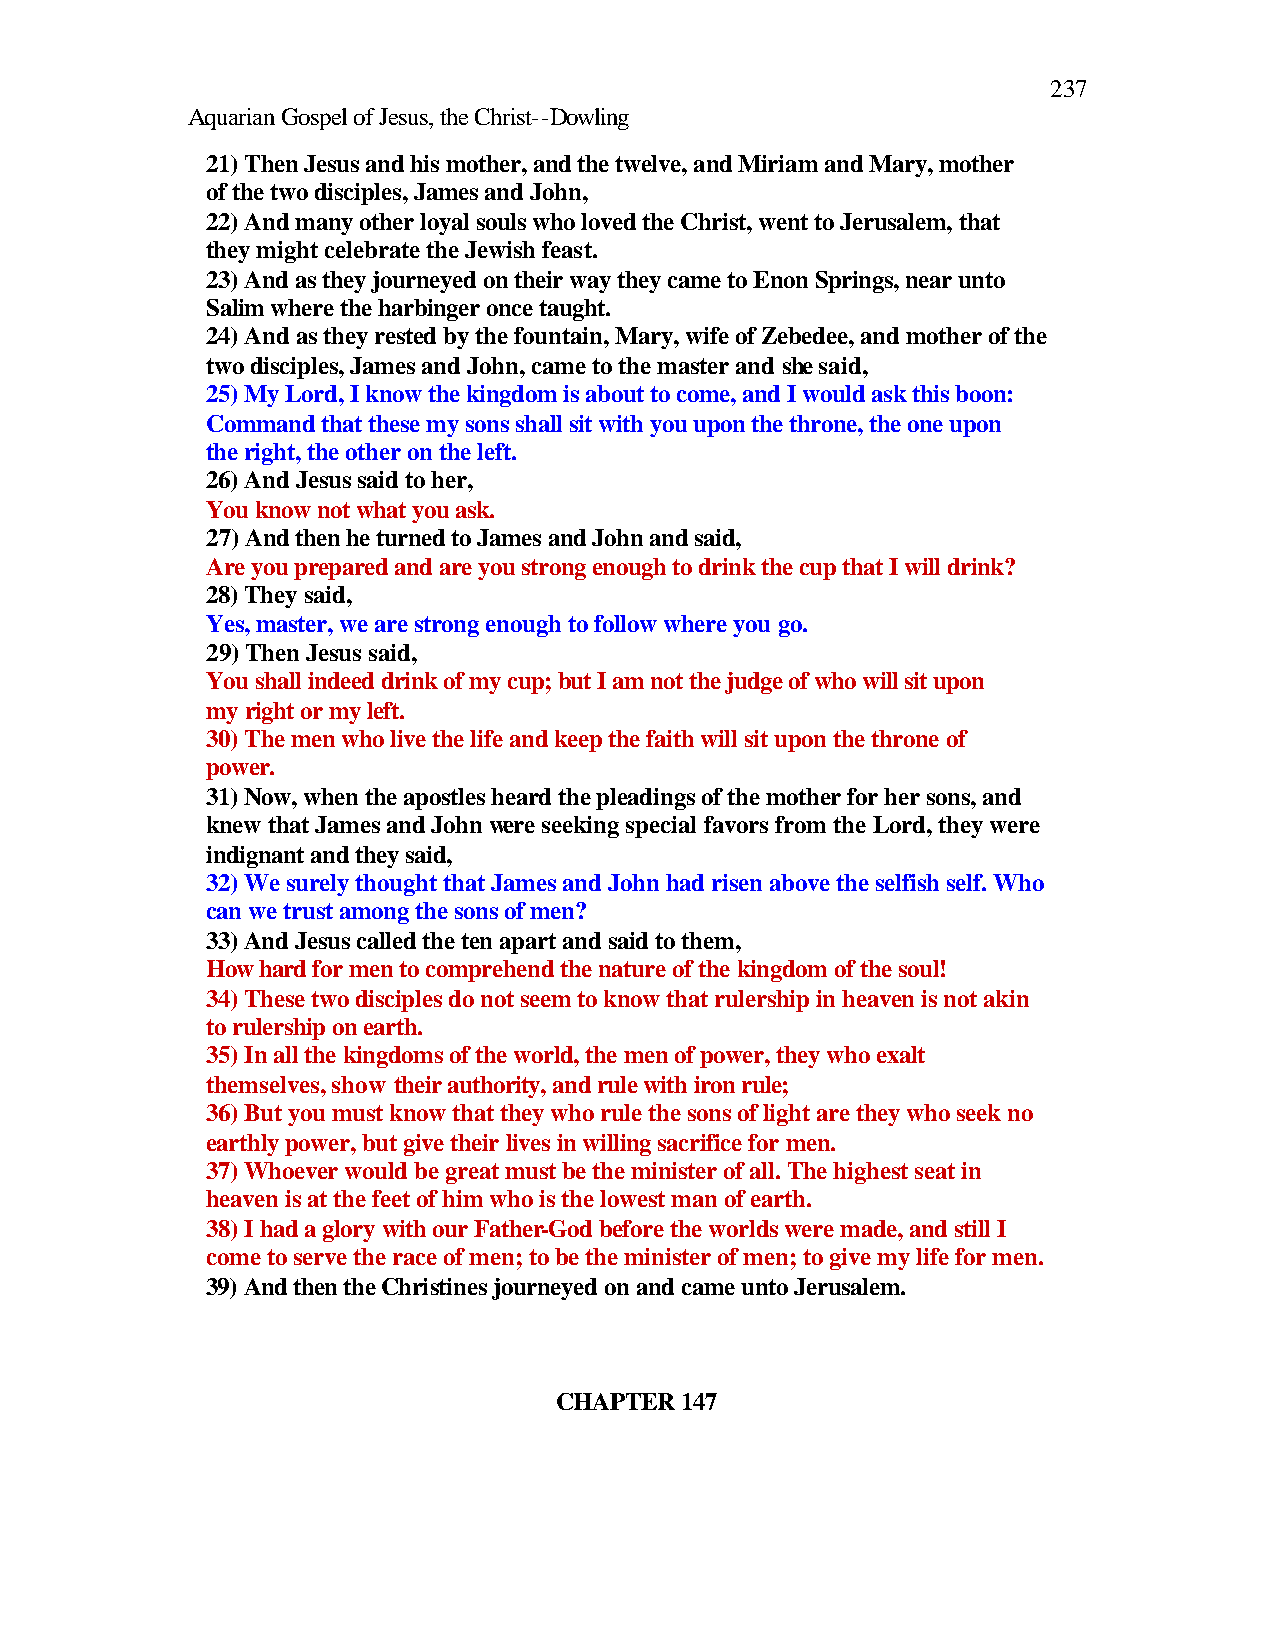
237
 Aquarian Gospel of Jesus, the Christ--Dowling
 21) Then Jesus and his mother, and the twelve, and Miriam and Mary, mother
 of the two disciples, James and John,
 22) And many other loyal souls who loved the Christ, went to Jerusalem, that
 they might celebrate the Jewish feast.
 23) And as they journeyed on their way they came to Enon Springs, near unto
 Salim where the harbinger once taught.
 24) And as they rested by the fountain, Mary, wife of Zebedee, and mother of the
 two disciples, James and John, came to the master and she said,
 25) My Lord, I know the kingdom is about to come, and I would ask this boon:
 Command that these my sons shall sit with you upon the throne, the one upon
 the right, the other on the left.
 26) And Jesus said to her,
 You know not what you ask.
 27) And then he turned to James and John and said,
 Are you prepared and are you strong enough to drink the cup that I will drink?
 28) They said,
 Yes, master, we are strong enough to follow where you go.
 29) Then Jesus said,
 You shall indeed drink of my cup; but I am not the judge of who will sit upon
 my right or my left.
 30) The men who live the life and keep the faith will sit upon the throne of
 power.
 31) Now, when the apostles heard the pleadings of the mother for her sons, and
 knew that James and John were seeking special favors from the Lord, they were
 indignant and they said,
 32) We surely thought that James and John had risen above the selfish self. Who
 can we trust among the sons of men?
 33) And Jesus called the ten apart and said to them,
 How hard for men to comprehend the nature of the kingdom of the soul!
 34) These two disciples do not seem to know that rulership in heaven is not akin
 to rulership on earth.
 35) In all the kingdoms of the world, the men of power, they who exalt
 themselves, show their authority, and rule with iron rule;
 36) But you must know that they who rule the sons of light are they who seek no
 earthly power, but give their lives in willing sacrifice for men.
 37) Whoever would be great must be the minister of all. The highest seat in
 heaven is at the feet of him who is the lowest man of earth.
 38) I had a glory with our Father-God before the worlds were made, and still I
 come to serve the race of men; to be the minister of men; to give my life for men.
 39) And then the Christines journeyed on and came unto Jerusalem.
 CHAPTER 147